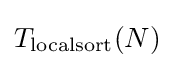
T_{\text{localsort}}(N)